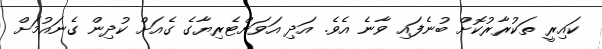
ކައިރީ ތަކުރާރުކޮށް ބުނެފައި ވާނެ އެވެ. އަދި އަވަށްޓެރިޔާގެ ގެއަށް ކުދިން ގެނައުމަށް